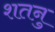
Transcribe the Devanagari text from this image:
शतनु